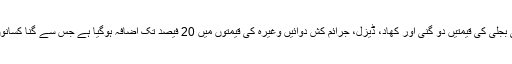
کسانوں کی سینچائی میں استعمال ہونے والی بجلی کی قیمتیں دو گنی اور کھاد، ڈیزل، جرائم کش دوائیں وغیرہ کی قیمتوں میں 20 فیصد تک اضافہ ہوگیا ہے جس سے گنا کسانوں کو لگاتار نقصان کا سامنا کرنا پڑرہا ہے۔